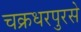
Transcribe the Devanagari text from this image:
चक्रधरपुरसे